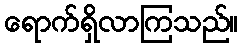
ရောက်ရှိလာကြသည်။